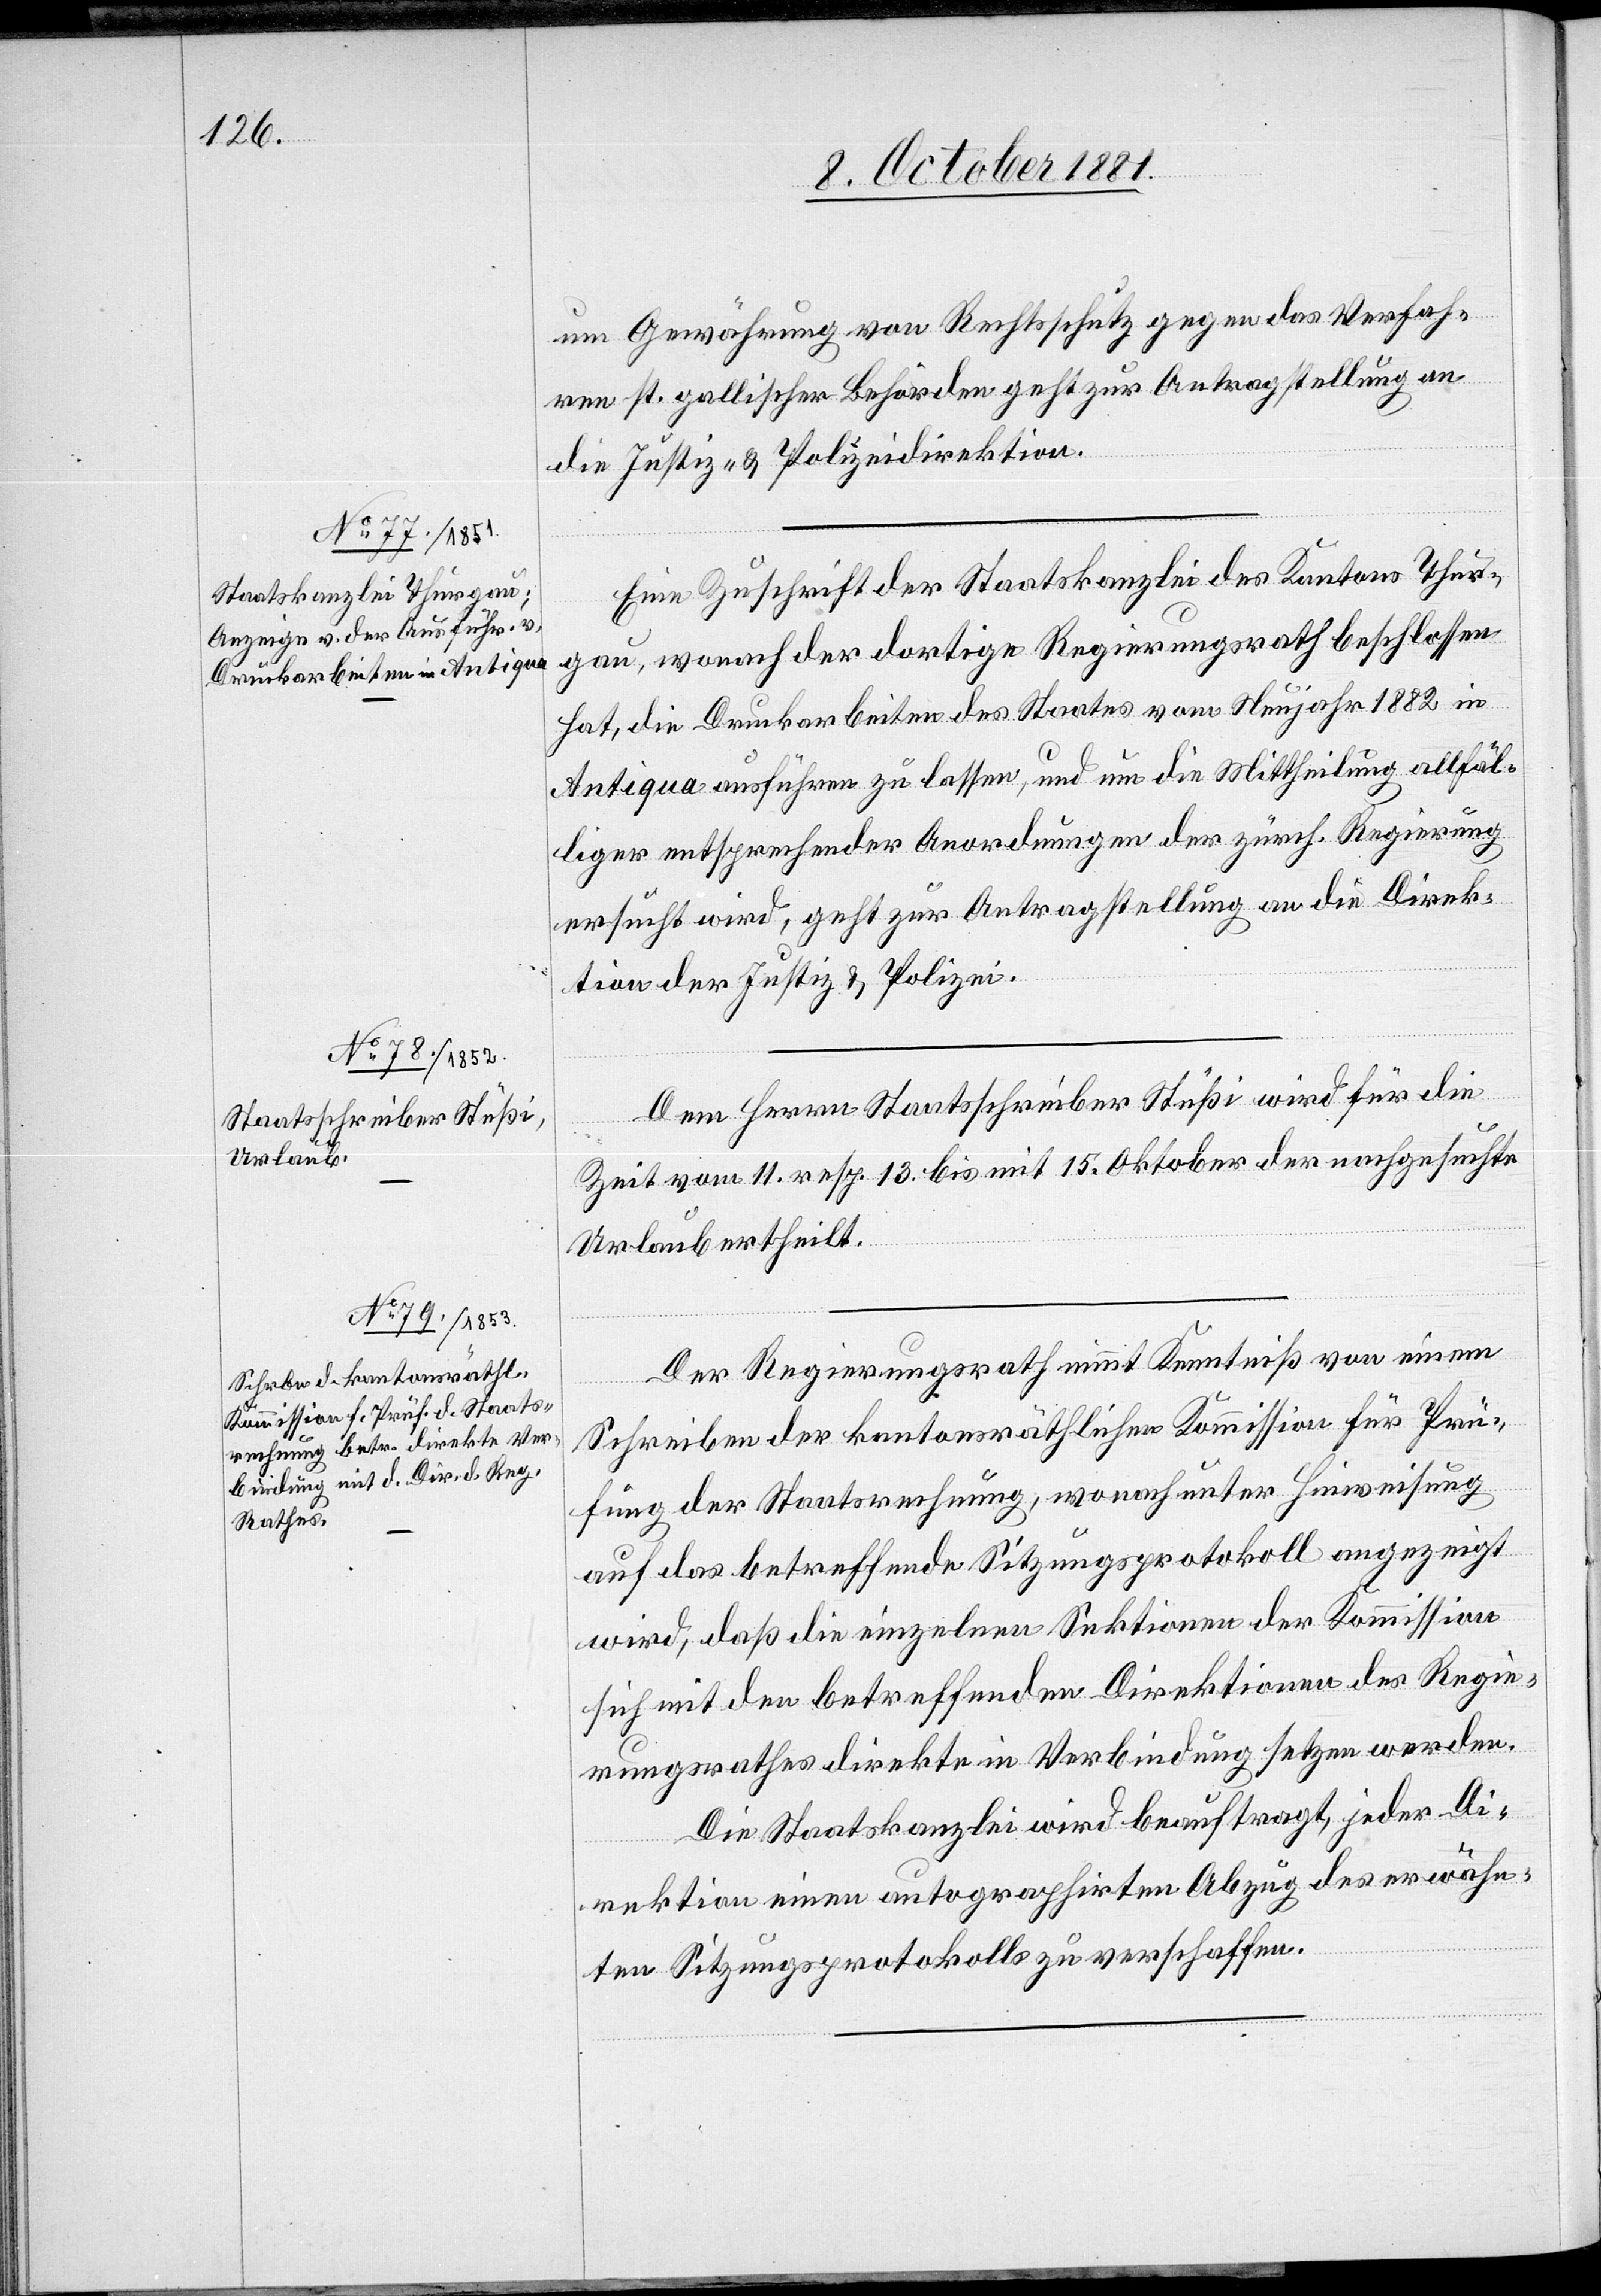
um Gewährung von Rechtsschutz gegen das Verfah¬
ren st. gallischer Behörden geht zur Antragstellung an
die Justiz- & Polizeidirektion.
Eine Zuschrift der Staatskanzlei des Kantons Thur¬
gau, wonach der dortige Regierungsrath beschlossen
hat, die Druckarbeiten des Staates vom Neujahr 1882 in
Antiqua ausführen zu lassen, und um die Mittheilung allfäl¬
liger entsprechender Anordnungen der zürch. Regierung
ersucht wird, geht zur Antragstellung an die Direk¬
lizei.
Dem Herrn Staatsschreiber Stüßi wird für die
&
Zeit vom 11. resp. 13. bis mit 15. Oktober der nachgesuchte
Urlaub ertheilt.
Der Regierungsrath nimmt Kenntniß von einem
Schreiben der kantonsräthlichen Kommission für Prü¬
fung der Staatsrechnung, wonach unter Hinweisung
auf das betreffende Sitzungsprotokoll angezeigt
wird, daß die einzelnen Sektionen der Kommission
sich mit den betreffenden Direktionen des Regie¬
rungsrathes direkte in Verbindung setzten werden.
Die Staatskanzlei wird beauftragt, jeder Di¬
rektion einen autographirten Abzug des erwähn¬
ten Sitzungsprotokolls zu verschaffen.